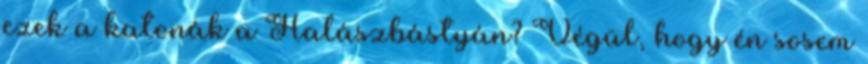
ezek a katonák a Halászbástyán? Végül, hogy én sosem